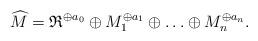
LaTeX: \begin{align*}\widehat{M}=\mathfrak{R}^{\oplus a_0}\oplus M_1^{\oplus a_1}\oplus\hdots\oplus M_n^{\oplus a_n}.\end{align*}